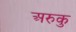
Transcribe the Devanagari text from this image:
अरुकु